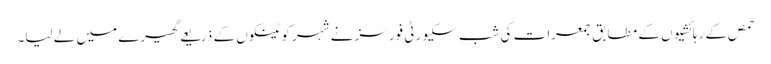
حمص کے رہائشیوں کے مطابق جمعرات کی شب سکیورٹی فورسز نے شہر کو ٹینکوں کے ذریعے گھیرے میں لے لیا۔